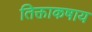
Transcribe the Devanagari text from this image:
तिक्ताकषाय